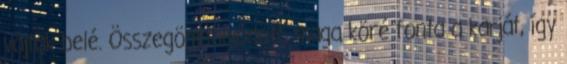
vájtak belé. Összegömbölyödött, maga köré fonta a karját, így